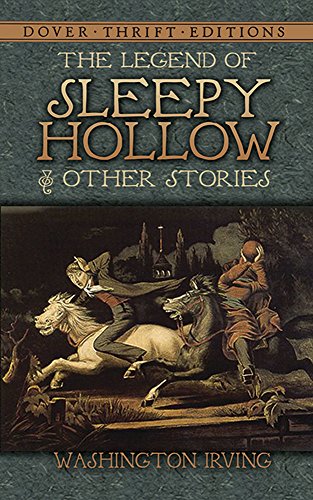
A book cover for The Legend of Sleepy Hollow and Other Stories (Dover Thrift Editions); Washington Irving; Literature & Fiction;